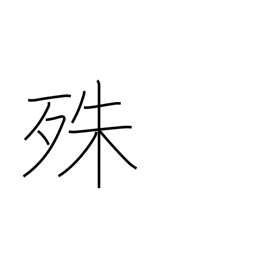
Meaning: particularly